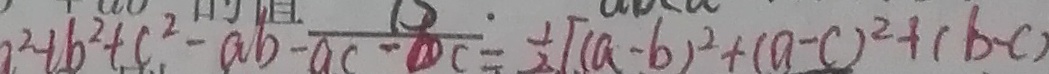
a ^ { 2 } + b ^ { 2 } + c ^ { 2 } - a b - a c - c = \frac { 1 } { 2 } [ ( a - b ) ^ { 2 } + ( a - c ) ^ { 2 } + ( b - c )